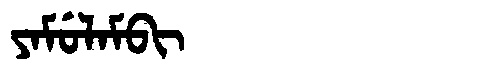
Manchu: ᠶᠠᠮᡠᠯᠠᠮᠪᡳ
Romanization: YAMULAMBI